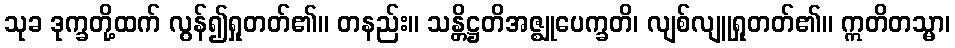
သုခ ဒုက္ခတို့ထက် လွန်၍ရှုတတ်၏။ တနည်း။ သန္တိဋ္ဌတိအဇ္ဈုပေက္ခတိ၊ လျစ်လျူရှုတတ်၏။ ဣတိတသ္မာ၊